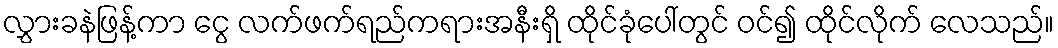
လွှားခနဲဖြန့်ကာ ငွေ လက်ဖက်ရည်ကရားအနီးရှိ ထိုင်ခုံပေါ်တွင် ဝင်၍ ထိုင်လိုက် လေသည်။